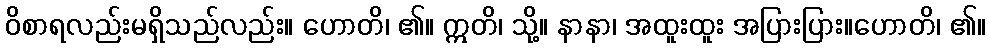
ဝိစာရလည်းမရှိသည်လည်း။ ဟောတိ၊ ၏။ ဣတိ၊ သို့။ နာနာ၊ အထူးထူး အပြားပြား။ဟောတိ၊ ၏။